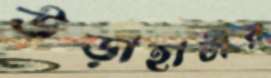
উড়াহাটীর